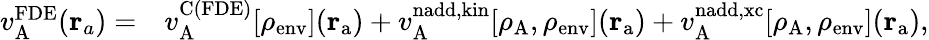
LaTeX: \begin{array}{rl}{v_{\mathrm{A}}^{\mathrm{FDE}}(\mathbf{r}_{a})=}&{v_{\mathrm{A}}^{\mathrm{C(FDE)}}[\rho_{\mathrm{env}}](\mathbf{r}_{\mathrm{a}})+v_{\mathrm{A}}^{\mathrm{nadd,kin}}[\rho_{\mathrm{A}},\rho_{\mathrm{env}}](\mathbf{r}_{\mathrm{a}})+v_{\mathrm{A}}^{\mathrm{nadd,xc}}[\rho_{\mathrm{A}},\rho_{\mathrm{env}}](\mathbf{r}_{\mathrm{a}}),}\end{array}